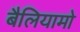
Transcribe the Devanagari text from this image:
बैलियामो